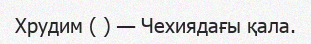
Хрудим ( ) — Чехиядағы қала.